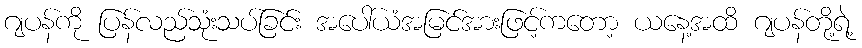
ဂျပန်ကို ပြန်လည်သုံးသပ်ခြင်း အပေါ်ယံအမြင်အားဖြင့်ကတော့ ယနေ့အထိ ဂျပန်တို့ရဲ့